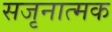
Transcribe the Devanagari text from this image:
सजृनात्मक